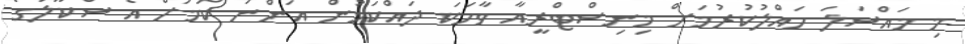
މި މައްސަލަ ހައްލުކުރުމަށް މިނިސްޓްރީއާ ވާހަކަ ދައްކަމުން އަންނަ ކަމަށް އެ ސްކޫލުގެ